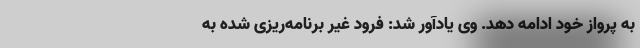
به پرواز خود ادامه دهد. وی یادآور شد: فرود غیر برنامه‌ریزی شده به